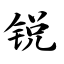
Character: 锐